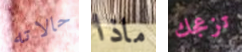
حالاته ماذا تزعجك